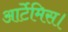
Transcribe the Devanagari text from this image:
आर्टेमिस।